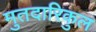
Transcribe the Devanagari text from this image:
मुतदारिकुल